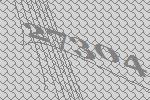
27304